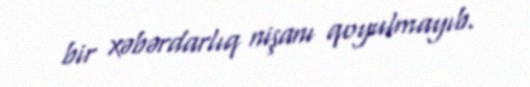
bir xəbərdarlıq nişanı qoyulmayıb.